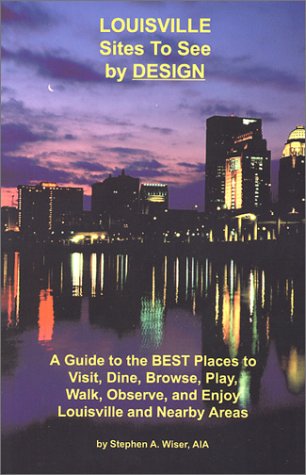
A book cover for Louisville Sites to See by Design: A Guide to the Best Places to Visit, Dine, Browse, Play, Walk, Observe, and Enjoy Louisville and Nearby Areas; Stephen A. Wiser; Travel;